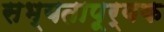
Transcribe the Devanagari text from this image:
सभ्यतापूर्वक